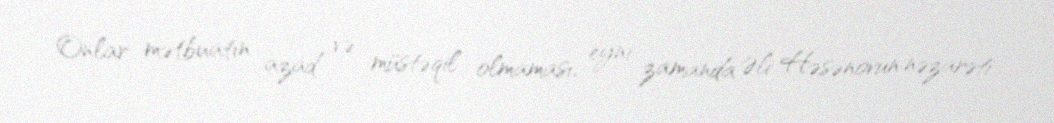
Onlar mətbuatın azad və müstəqil olmaması, eyni zamanda Əli Həsənovun nəzarəti